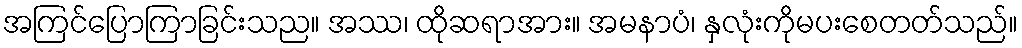
အကြင်ပြောကြာခြင်းသည။ အဿ၊ ထိုဆရာအား။ အမနာပံ၊ နှလုံးကိုမပးစေတတ်သည်။